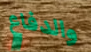
والدفاع